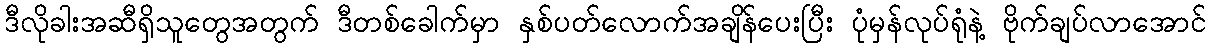
ဒီလိုခါးအဆီရှိသူတွေအတွက် ဒီတစ်ခေါက်မှာ နှစ်ပတ်လောက်အချိန်ပေးပြီး ပုံမှန်လုပ်ရုံနဲ့ ဗိုက်ချပ်လာအောင်